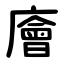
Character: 廥